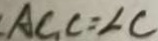
A C _ { 1 } C = \angle C